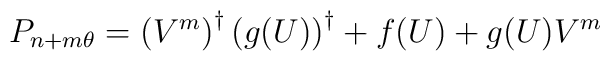
P_{n+m\theta }=\left( V^{m}\right) ^{\dagger }\left( {g}(U)\right) ^{\dagger}+f(U)+g(U)V^{m}